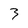
Character: 3